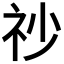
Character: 𥘤